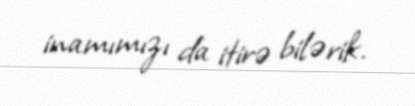
inamımızı da itirə bilərik.